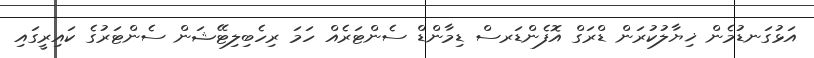
އަޅުގަނޑުމެން ޚިޔާލުކުރަން ޑްރަގް އޮފެންޑަރސް ޑިމާންޑް ސެންޓަރެއް ހަމަ ރިހެބިލިޓޭޝަން ސެންޓަރުގެ ކައިރީގައި